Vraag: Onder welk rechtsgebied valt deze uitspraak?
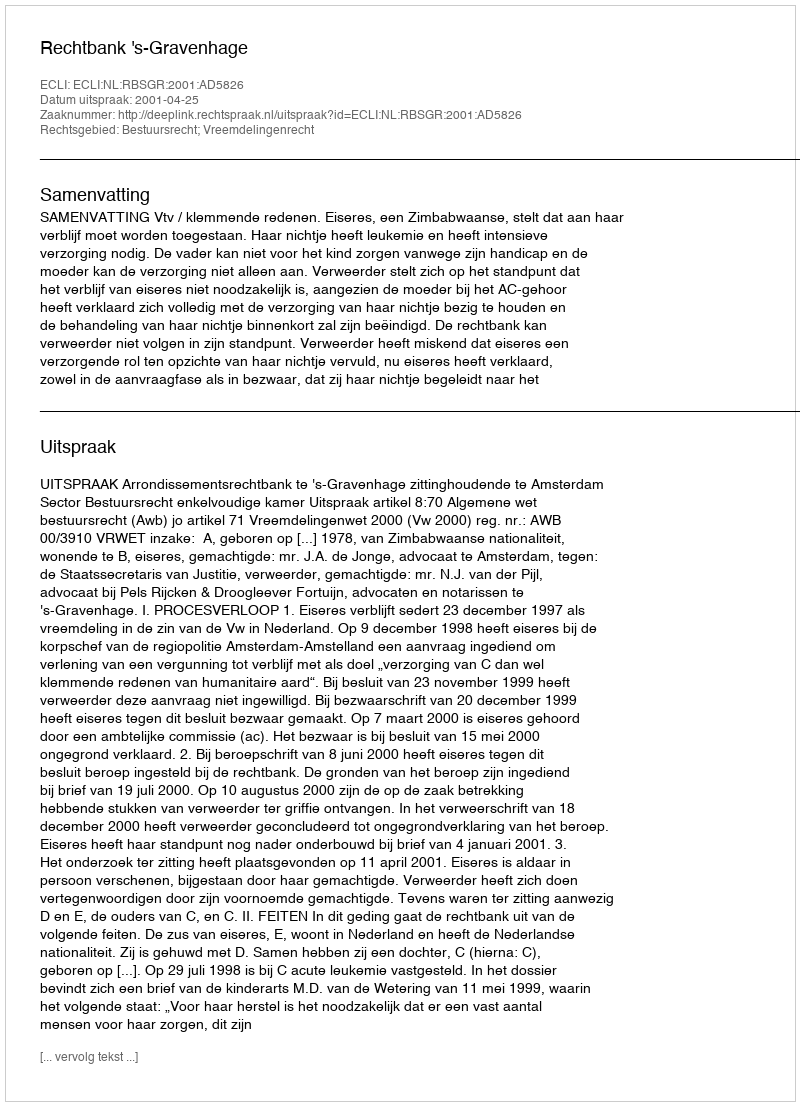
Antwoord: Bestuursrecht; Vreemdelingenrecht